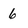
Character: 6